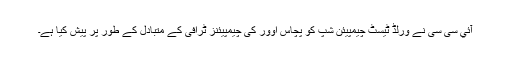
آئي سی سی نے ورلڈ ٹیسٹ چیمپیئن شپ کو پچاس اوور کی چیمپیئنز ٹرافی کے متبادل کے طور پر پیش کیا ہے۔